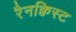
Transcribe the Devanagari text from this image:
रैनक्विस्ट